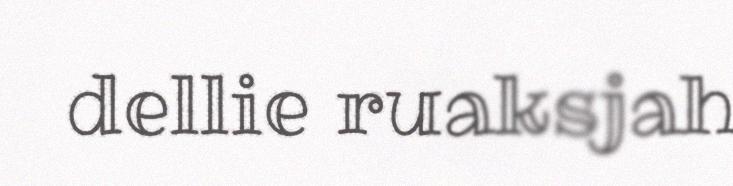
dellie ruaksjah